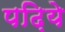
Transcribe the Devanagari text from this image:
पढ़िये